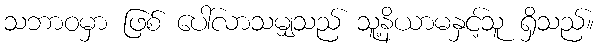
သဘာဝမှာ ဖြစ် ပေါ်လာသမျှသည် သူ့နိယာမနှင့်သူ ရှိသည်။